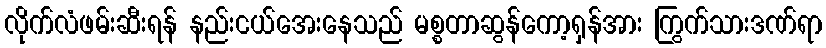
လိုက်လံဖမ်းဆီးရန် နည်းငယ်အေးနေသည် မစ္စတာဆွန်ကော့ရှန်အား ကြွက်သားဒဏ်ရာ